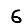
Digit: 6